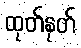
ထုတ်နုတ်